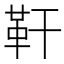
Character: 靬